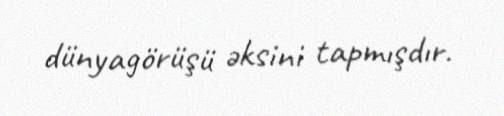
dünyagörüşü əksini tapmışdır.